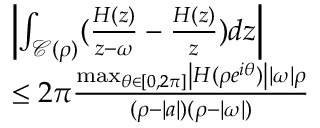
\begin{array} { r } { \begin{array} { r l } & { \left| { \int _ { \mathcal { C } ( \rho ) } ( \frac { H ( z ) } { z - \omega } - \frac { H ( z ) } { z } ) } d z \right| } \\ & { \leq 2 \pi \frac { \operatorname* { m a x } _ { \theta \in [ 0 , 2 \pi ] } \left| H ( \rho e ^ { i \theta } ) \right| | \omega | \rho } { ( \rho - | a | ) ( \rho - | \omega | ) } } \end{array} } \end{array}